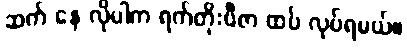
ဆက် နေ လိုပါက ရက်တိုးဗီဇာ ထပ် လုပ်ရမယ်။